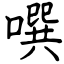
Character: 噀